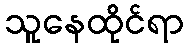
သူနေထိုင်ရာ